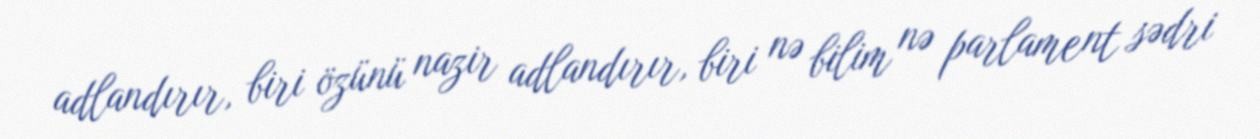
adlandırır, biri özünü nazir adlandırır, biri nə bilim nə parlament sədri